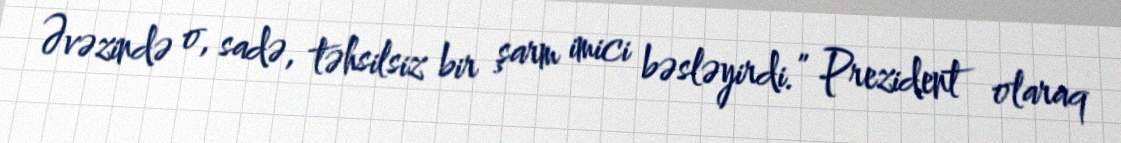
Əvəzində o, sadə, təhsilsiz bir şarm imici bəsləyirdi.” Prezident olaraq